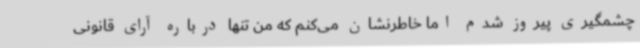
چشمگیری پیروز شدم اما خاطرنشان می‌کنم که من تنها درباره آرای قانونی